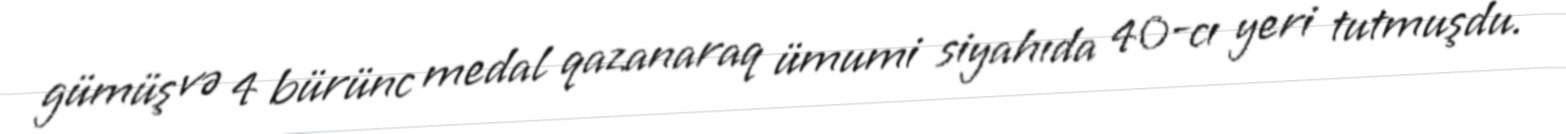
gümüş və 4 bürünc medal qazanaraq ümumi siyahıda 40-cı yeri tutmuşdu.